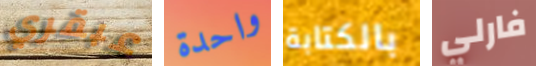
عبقري واحدة بالكتابة فارلي